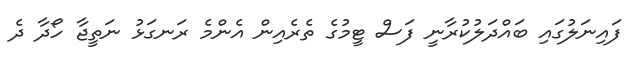
ފައިނަލުގައި ބައްދަލުކުރާނީ ފަސް ޓީމުގެ ތެރެއިން އެންމެ ރަނގަޅު ނަތީޖާ ހޯދާ ދެ